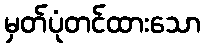
မှတ်ပုံတင်ထားသော